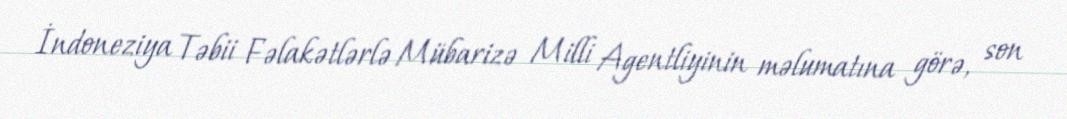
İndoneziya Təbii Fəlakətlərlə Mübarizə Milli Agentliyinin məlumatına görə, son